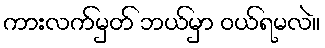
ကားလက်မှတ် ဘယ်မှာ ဝယ်ရမလဲ။